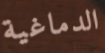
الدماغية